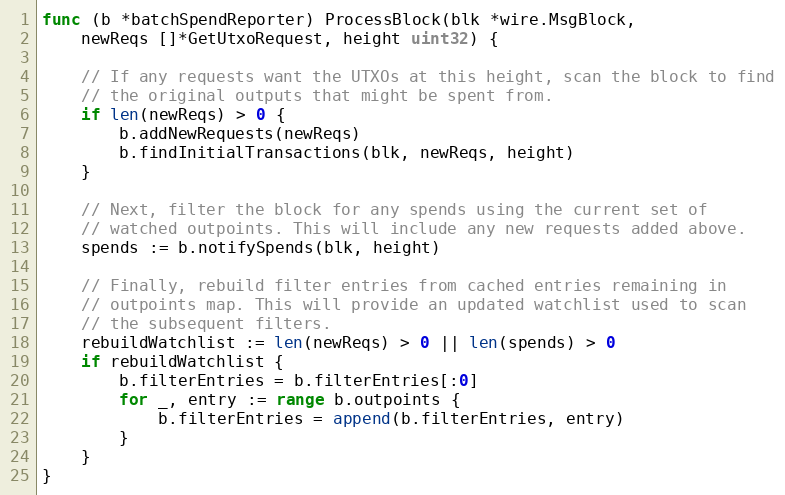
Language: Go
func (b *batchSpendReporter) ProcessBlock(blk *wire.MsgBlock,
	newReqs []*GetUtxoRequest, height uint32) {

	// If any requests want the UTXOs at this height, scan the block to find
	// the original outputs that might be spent from.
	if len(newReqs) > 0 {
		b.addNewRequests(newReqs)
		b.findInitialTransactions(blk, newReqs, height)
	}

	// Next, filter the block for any spends using the current set of
	// watched outpoints. This will include any new requests added above.
	spends := b.notifySpends(blk, height)

	// Finally, rebuild filter entries from cached entries remaining in
	// outpoints map. This will provide an updated watchlist used to scan
	// the subsequent filters.
	rebuildWatchlist := len(newReqs) > 0 || len(spends) > 0
	if rebuildWatchlist {
		b.filterEntries = b.filterEntries[:0]
		for _, entry := range b.outpoints {
			b.filterEntries = append(b.filterEntries, entry)
		}
	}
}